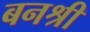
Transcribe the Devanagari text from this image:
बनश्री